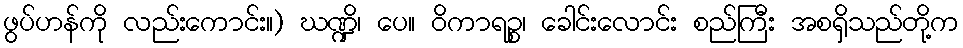
ဖွပ်ဟန်ကို လည်းကောင်း။) ဃဏ္ဍိ၊ ပေ။ ဝိကာရဉ္စ၊ ခေါင်းလောင်း စည်ကြီး အစရှိသည်တို့က